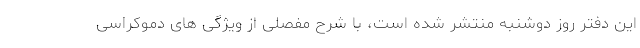
این دفتر روز دوشنبه منتشر شده است، با شرح مفصلی از ویژگی های دموکراسی